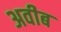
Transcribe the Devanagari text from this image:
अवीब